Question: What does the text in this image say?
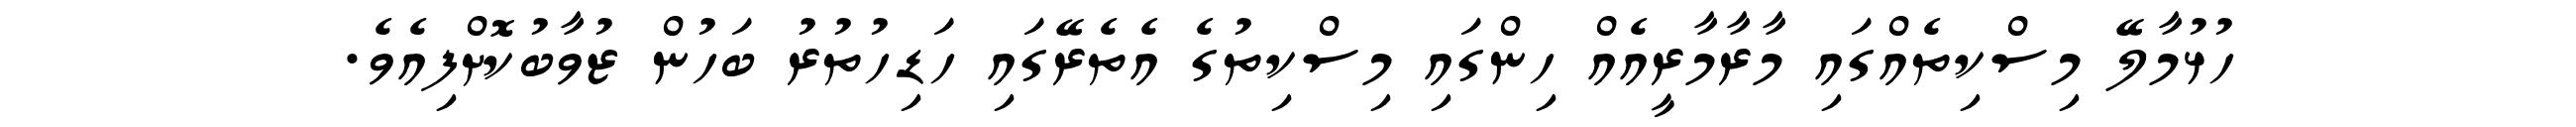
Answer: ހުޅުމާލޭ މިސްކިތެއްގައި މާރާމާރީއެއް ހިންގައި މިސްކިތުގެ އެތެރޭގައި ހަޑިހުތުރު ބަހުން ޒުވާބުކޮށްފިއެވެ.